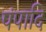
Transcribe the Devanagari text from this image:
पंपादि